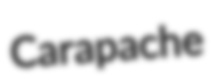
Carapache